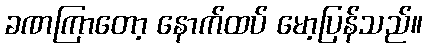
ခဏကြာတော့ နောက်ထပ် မော့ပြန်သည်။